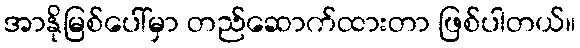
အာနိုမြစ်ပေါ်မှာ တည်ဆောက်ထားတာ ဖြစ်ပါတယ်။